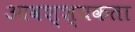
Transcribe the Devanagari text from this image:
आवश्श्यकता